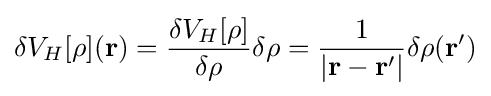
\delta V_{H}[\rho ](\mathbf {r} )={\frac {\delta V_{H}[\rho ]}{\delta \rho }}\delta \rho ={\frac {1}{|\mathbf {r} -\mathbf {r'} |}}\delta \rho (\mathbf {r'} )